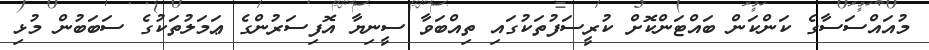
މުއައްސަސާގެ ކަންކަން ބައްޓަންކޮށް ކުރީސަފުތަކުގައި ތިއްބަވާ ސީނިޔާ އޮފިސަރުންގެ ޢަމަލުތަކުގެ ސަބަބުން މުޅި